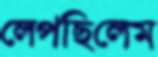
লেপছিলেম